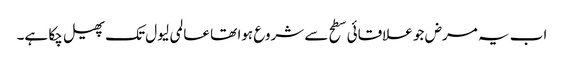
اب یہ مرض جو علاقائی سطح سے شروع ہوا تھا عالمی لیول تک پھیل چکا ہے۔